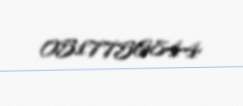
0517756844